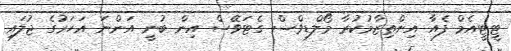
ޓީޓީއެމް ފެއާ އިންތިޒާމުކުރާ މޯލްޑިވްސް ގެޓަވޭސް އިން ބުނީ އަންނަ އަހަރުގެ ޖުލައި